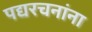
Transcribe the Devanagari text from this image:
पद्यरचनांना